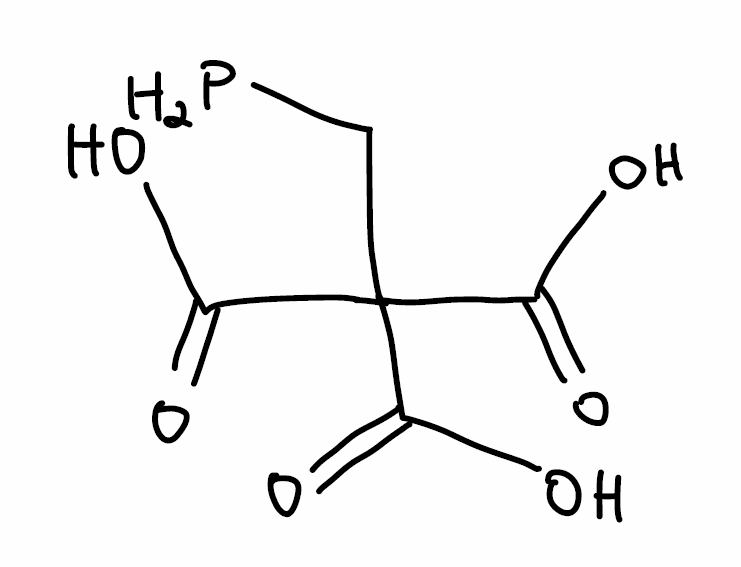
Simplified molecular-input line-entry system (SMILES) notation of the given molecule:
C(C(C(=O)O)(C(=O)O)C(=O)O)P